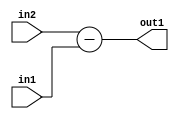
`timescale 1ps / 1ps
/*****************************************************************************
    Verilog RTL Description
    
    
    Created by: Stratus DpOpt 2019.1.01 
*******************************************************************************/

module st_feature_addr_gen_Sub_17Ux8U_18S_4_1 (
	in2,
	in1,
	out1
	); /* architecture "behavioural" */ 
input [16:0] in2;
input [7:0] in1;
output [17:0] out1;
wire [17:0] asc001;

assign asc001 = 
	+(in2)
	-(in1);

assign out1 = asc001;
endmodule

/* CADENCE  ubL2Tw4= : u9/ySgnWtBlWxVPRXgAZ4Og= ** DO NOT EDIT THIS LINE ******/